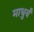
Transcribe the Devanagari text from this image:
माधुर्यं